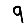
Digit: 9